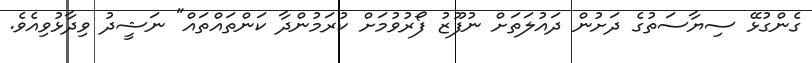
ގެންގުޅޭ ސިޔާސަތުގެ ދަށުން ދައުލަތަށް ނުފޫޒު ފޯރުވުމަށް ކުރަމުންދާ ކަންތައްތައް" ނަޝީދު ވިދާޅުވިއެވެ.